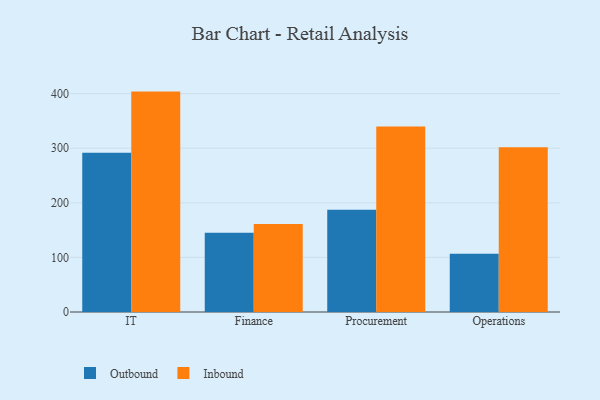
{"axis": {"x": "Department", "y": "Budget (USD K)"}, "legend": ["Inbound", "Outbound"], "data": [{"x": "IT", "y": 291.9, "type": "Outbound"}, {"x": "IT", "y": 403.8, "type": "Inbound"}, {"x": "Finance", "y": 145.3, "type": "Outbound"}, {"x": "Finance", "y": 161.2, "type": "Inbound"}, {"x": "Procurement", "y": 187.3, "type": "Outbound"}, {"x": "Procurement", "y": 339.8, "type": "Inbound"}, {"x": "Operations", "y": 106.6, "type": "Outbound"}, {"x": "Operations", "y": 302.0, "type": "Inbound"}]}